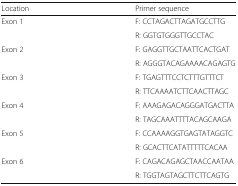
<table><thead><tr><td><b>Location</b></td><td><b>Primer sequence</b></td></tr></thead><tbody><tr><td rowspan="2">Exon 1</td><td>F: CCTAGACTTAGATGCCTTG</td></tr><tr><td>R: GGTGTGGGTTGCCTAC</td></tr><tr><td rowspan="2">Exon 2</td><td>F: GAGGTTGCTAATTCACTGAT</td></tr><tr><td>R: AGGGTACAGAAAACAGAGTG</td></tr><tr><td rowspan="2">Exon 3</td><td>F: TGAGTTTCCTCTTTGTTTCT</td></tr><tr><td>R: TTCAAAATCTTCAACTTAGC</td></tr><tr><td rowspan="2">Exon 4</td><td>F: AAAGAGACAGGGATGACTTA</td></tr><tr><td>R: TAGCAAATTTTACAGCAAGA</td></tr><tr><td rowspan="2">Exon 5</td><td>F: CCAAAAGGTGAGTATAGGTC</td></tr><tr><td>R: GCACTTCATATTTTTCACAA</td></tr><tr><td rowspan="2">Exon 6</td><td>F: CAGACAGAGCTAACCAATAA</td></tr><tr><td>R: TGGTAGTAGCTTCTTCAGTG</td></tr></tbody></table>